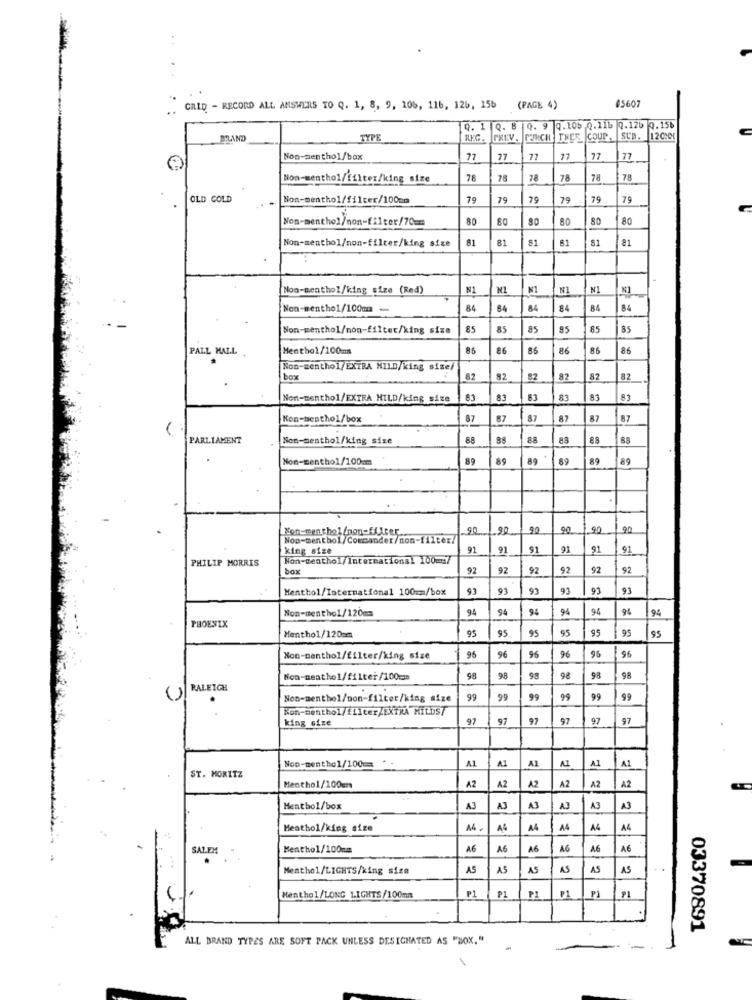
45607
CRID - RECORD ALL ANSWERS TO Q. 1, 8, 9, 106, 116, 126, 156 (PAGE 4)
Q. 1 Q. 8 0. 9 0.10% 0.11b 0.126 7.15b
TYPE
FREV .
PORNICH THEE COUP
SUB. 12CC
Non-penthol/box
77
77
77
77
77
Non-menthol/filter/king size
78
78
78
78
78
78
OLD COLD
Non-menthol/filter/100mm
79
79
79
79
79
79
Non-menthol/non-filter/70mm
80
80
80
80
80
Non-menthol/non-filter/king size
81
81
81
81
Noo-menthol/king size (Red)
N1
NI
NI
N
Non-menthe1/100m
84
84
84
84
84
84
Non-menthol/non-filter/king size
85
85
85
95
85
85
PALL MALL .
Menthol/100mm
86
86
86
86
86
86
Non-menthol/EXTRA MILD/king size/
box
62
92
82
87
82
Non-menthol/EXTRA HILD/king size
83
63
83
81
83
Kon-bestho1/box
87
87
87
87
87
87
PARLIAMENT
Non-menthol/king size
88
88
83
Non-menthol/100cm
89
89
89
89
89
90
90
90
king size
91
91
91
91
91
91
PHILIP MORRIS
Non-menthol/International 100m/
box
92
92
92
92
92
92
Menthol/International 100mm/box
93
93
93
93
91
Non-menthol/120mm
94
94
94
94
94
9
94
PHOENIX
95
95
95
95
95
95
Menthol/120am
95
95
96
$6
Non-menthol/filter/king size
95
96
96
Non-meathol/filter/100=
98
98
98
98
RALEIGH
Non-menthol/non-filter/king size
99
99
99
99
99
Kon-menthol/filter/EXTRA MILDS7
king size
97
97
97
97
97
97
Non-menthe1/100 ==
A1
A1
A1
A1
A1
A1
ST. MORITZ
Menthol/100em
A2
A2
AZ
A2
A2
A2
Menthol/box
AJ
43
A.3
Meathol/king size
A4
AG
A
A
A4
A4
SALEM
Menthol/100mm
A6
A6
A6
AG
A6
Menthol/LIGHTS/king size
AS
A5
AS
AS
AS
AS
P1
Menthol/LONG LIGHTS/100mm
PI
PI
03370891
ALL BRAND TYPES ARE SOFT PACK UNLESS DESIGNATED AS "BOX."
-
..